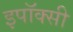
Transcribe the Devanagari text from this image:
इपॉक्सी